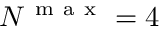
N ^ { \mathrm { ~ m ~ a ~ x ~ } } = 4